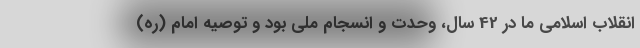
انقلاب اسلامی ما در 42 سال، وحدت و انسجام ملی بود و توصیه امام (ره)